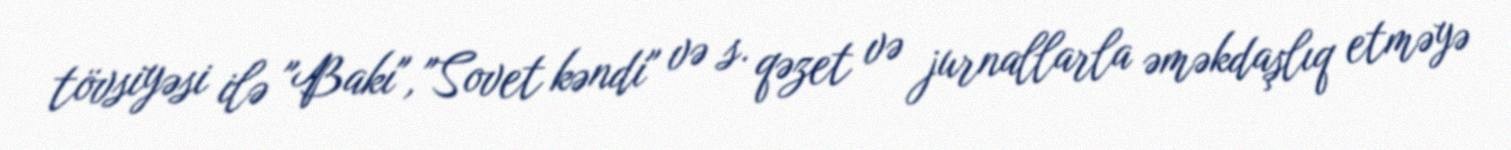
tövsiyəsi ilə "Bakı", "Sovet kəndi" və s. qəzet və jurnallarla əməkdaşlıq etməyə